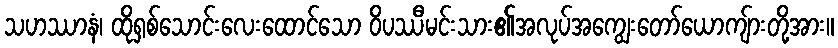
သဟဿာနံ၊ ထိုရှစ်သောင်းလေးထောင်သော ဝိပဿီမင်းသား၏အလုပ်အကျွေးတော်ယောကျ်ားတို့အား။